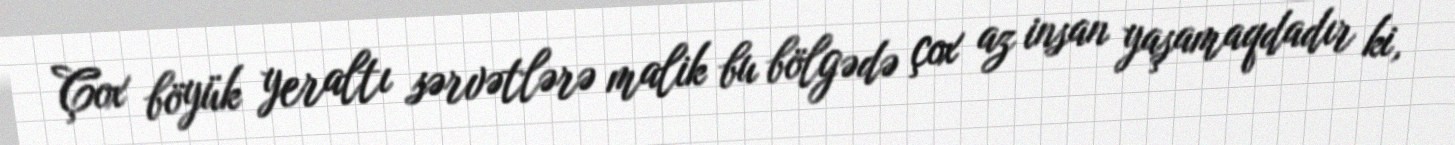
Çox böyük yeraltı sərvətlərə malik bu bölgədə çox az insan yaşamaqdadır ki,